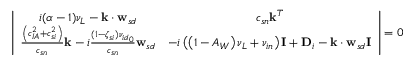
\left| \begin{array} { c c } { i ( \alpha - 1 ) \nu _ { { L } } - \mathbf { k } \cdot \mathbf { w } _ { s d } } & { c _ { { s n } } \mathbf { k } ^ { T } } \\ { \frac { \left( c _ { { I A } } ^ { 2 } + c _ { { s i } } ^ { 2 } \right) } { c _ { { s n } } } \mathbf { k } - i \frac { ( 1 - \zeta _ { s i } ) { \nu _ { i d } } _ { 0 } } { c _ { s n } } \mathbf { w } _ { s d } } & { - i \left( \left( 1 - A _ { W } \right) \nu _ { { L } } + \nu _ { { i n } } \right) \mathbf { I } + \mathbf { D } _ { i } - \mathbf { k } \cdot \mathbf { w } _ { s d } \mathbf { I } } \end{array} \right| = 0